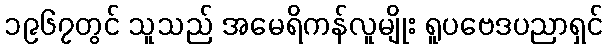
၁၉၆၇တွင် သူသည် အမေရိကန်လူမျိုး ရူပဗေဒပညာရှင်